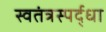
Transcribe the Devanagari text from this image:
स्वतंत्रस्पर्द्धा